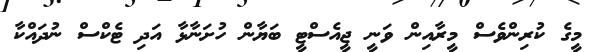
މީގެ ކުރިންވެސް މީރާއިން ވަނީ ޖީއެސްޓީ ބަޔާން ހުށަނާޅާ އަދި ޓެކްސް ނުދައްކާ